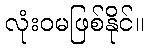
လုံးဝမဖြစ်နိုင်။